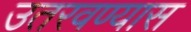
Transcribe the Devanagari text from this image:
उतरवण्यास